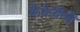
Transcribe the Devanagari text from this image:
कैकेयीची